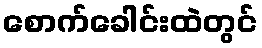
စောက်ခေါင်းထဲတွင်